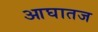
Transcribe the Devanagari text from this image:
आघातज